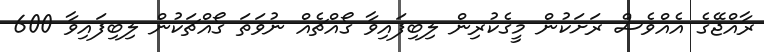
ރާއްޖޭގެ އެއްވެސް ރަށަކުން މީގެކުރިން ލިބިފައިވާ ގޯއްޗެއް ނުވަތަ ގޯއްޗަކުން ލިބިފައިވާ 600